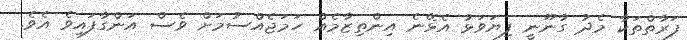
ފަރާތްތަކާ މެދު ގާނޫނީ ފިޔަވަޅު އެޅޭނެ އިންތިޒާމެއް ހަމަޖެއްސުމަށް ވެސް އަންގާފައިވެ އެވެ.